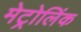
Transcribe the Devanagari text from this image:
मेट्रोलिंक